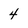
Character: 4